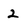
Character: 2